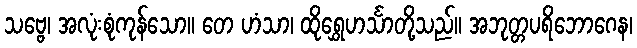
သဗ္ဗေ၊ အလုံးစုံကုန်သော။ တေ ဟံသာ၊ ထိုရွှေဟင်္သာတို့သည်။ အဘုတ္တပရိဘောဂေန၊